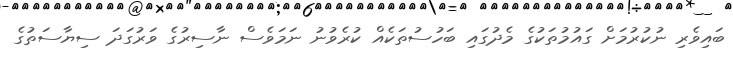
ބައިވެރި ނުކުރުމަށް ގައުމުތަކުގެ މެދުގައި ބަހުސުތަކެއް ކުރެވުނު ނަމަވެސް ނާސިރުގެ ވަރުގަދަ ސިޔާސަތުގެ